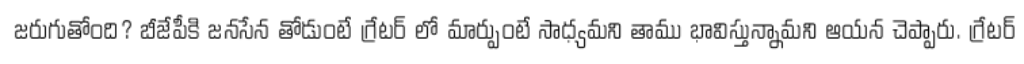
జరుగుతోంది? బీజేపీకి జనసేన తోడుంటే గ్రేటర్ లో మార్పుంటే సాధ్యమని తాము భావిస్తున్నామని ఆయన చెప్పారు. గ్రేటర్